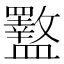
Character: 𪾜